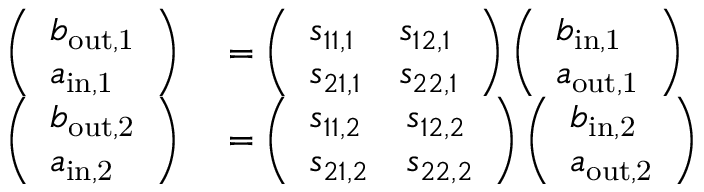
\begin{array} { r l } { \left( \begin{array} { l } { b _ { \mathrm { o u t , 1 } } } \\ { a _ { \mathrm { i n , 1 } } } \end{array} \right) } & { { } = \left( \begin{array} { l l } { s _ { 1 1 , 1 } } & { s _ { 1 2 , 1 } } \\ { s _ { 2 1 , 1 } } & { s _ { 2 2 , 1 } } \end{array} \right) \left( \begin{array} { l } { b _ { \mathrm { i n , 1 } } } \\ { a _ { \mathrm { o u t , 1 } } } \end{array} \right) } \\ { \left( \begin{array} { l } { b _ { \mathrm { o u t , 2 } } } \\ { a _ { \mathrm { i n , 2 } } } \end{array} \right) } & { { } = \left( \begin{array} { l l } { s _ { 1 1 , 2 } } & { s _ { 1 2 , 2 } } \\ { s _ { 2 1 , 2 } } & { s _ { 2 2 , 2 } } \end{array} \right) \left( \begin{array} { l } { b _ { \mathrm { i n , 2 } } } \\ { a _ { \mathrm { o u t , 2 } } } \end{array} \right) } \end{array}